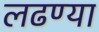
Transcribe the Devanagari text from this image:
लढण्या